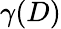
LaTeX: \gamma(D)